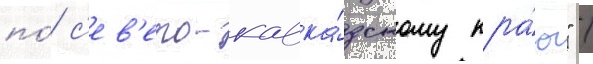
по́ с'ев'еро-кавка́зскому кра́ю" /